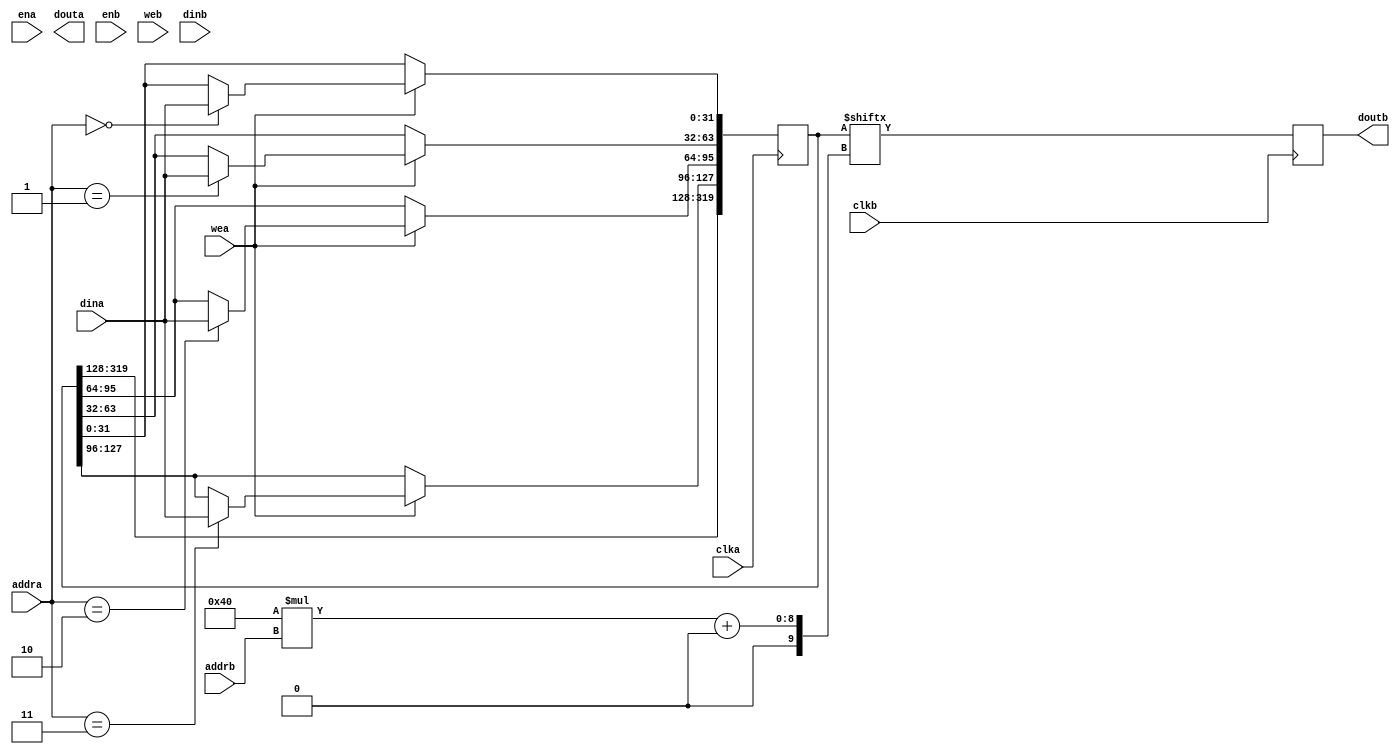
// BRAM MODULE (for test and simulations)

module bram #(
	parameter A_WIDTH = 32,
	parameter A_WIDTH_COUNT = 2,
	parameter A_HEIGHT_COUNT = 5,
	parameter A_ADDRESS_WIDTH = 2,

	parameter B_WIDTH = 64,
	parameter B_ADDRESS_WIDTH = 1
) (	
	input clka,
	input ena,
	input wea,
	input [A_ADDRESS_WIDTH - 1 : 0] addra,
	input [A_WIDTH - 1 : 0] dina,
	output reg [A_WIDTH - 1 : 0] douta,

	input clkb,
	input enb,
	input web,
	input [B_ADDRESS_WIDTH - 1 : 0] addrb,
	input [B_WIDTH - 1 : 0] dinb,
	output reg [B_WIDTH - 1 : 0] doutb
);

reg [A_WIDTH*A_WIDTH_COUNT*A_HEIGHT_COUNT - 1 : 0] data;

always @(posedge clka) begin
	if(wea) begin
		case(addra)
			4'd0:
				data[0 * A_WIDTH + A_WIDTH - 1 : 0 * A_WIDTH] <= dina;
			4'd1:
				data[1 * A_WIDTH + A_WIDTH - 1 : 1 * A_WIDTH] <= dina;
			4'd2:
				data[2 * A_WIDTH + A_WIDTH - 1 : 2 * A_WIDTH] <= dina;
			4'd3:
				data[3 * A_WIDTH + A_WIDTH - 1 : 3 * A_WIDTH] <= dina;
		endcase
	end else begin
		data <= data;
	end
end

always @(posedge clkb) begin
	doutb <= data[B_WIDTH * addrb +: B_WIDTH];
end

endmodule